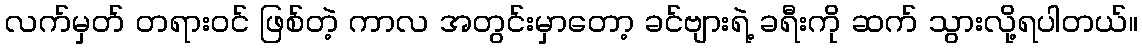
လက်မှတ် တရားဝင် ဖြစ်တဲ့ ကာလ အတွင်းမှာတော့ ခင်ဗျားရဲ့ ခရီးကို ဆက် သွားလို့ရပါတယ်။